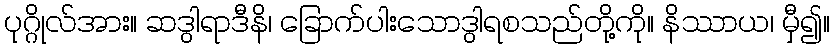
ပုဂ္ဂိုလ်အား။ ဆဒွါရာဒီနိ၊ ခြောက်ပါးသောဒွါရစသည်တို့ကို။ နိဿာယ၊ မှီ၍။